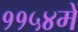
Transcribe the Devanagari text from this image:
११५४में